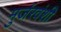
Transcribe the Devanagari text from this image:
मुर्जरवंशी